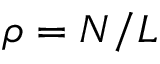
\rho = N / L